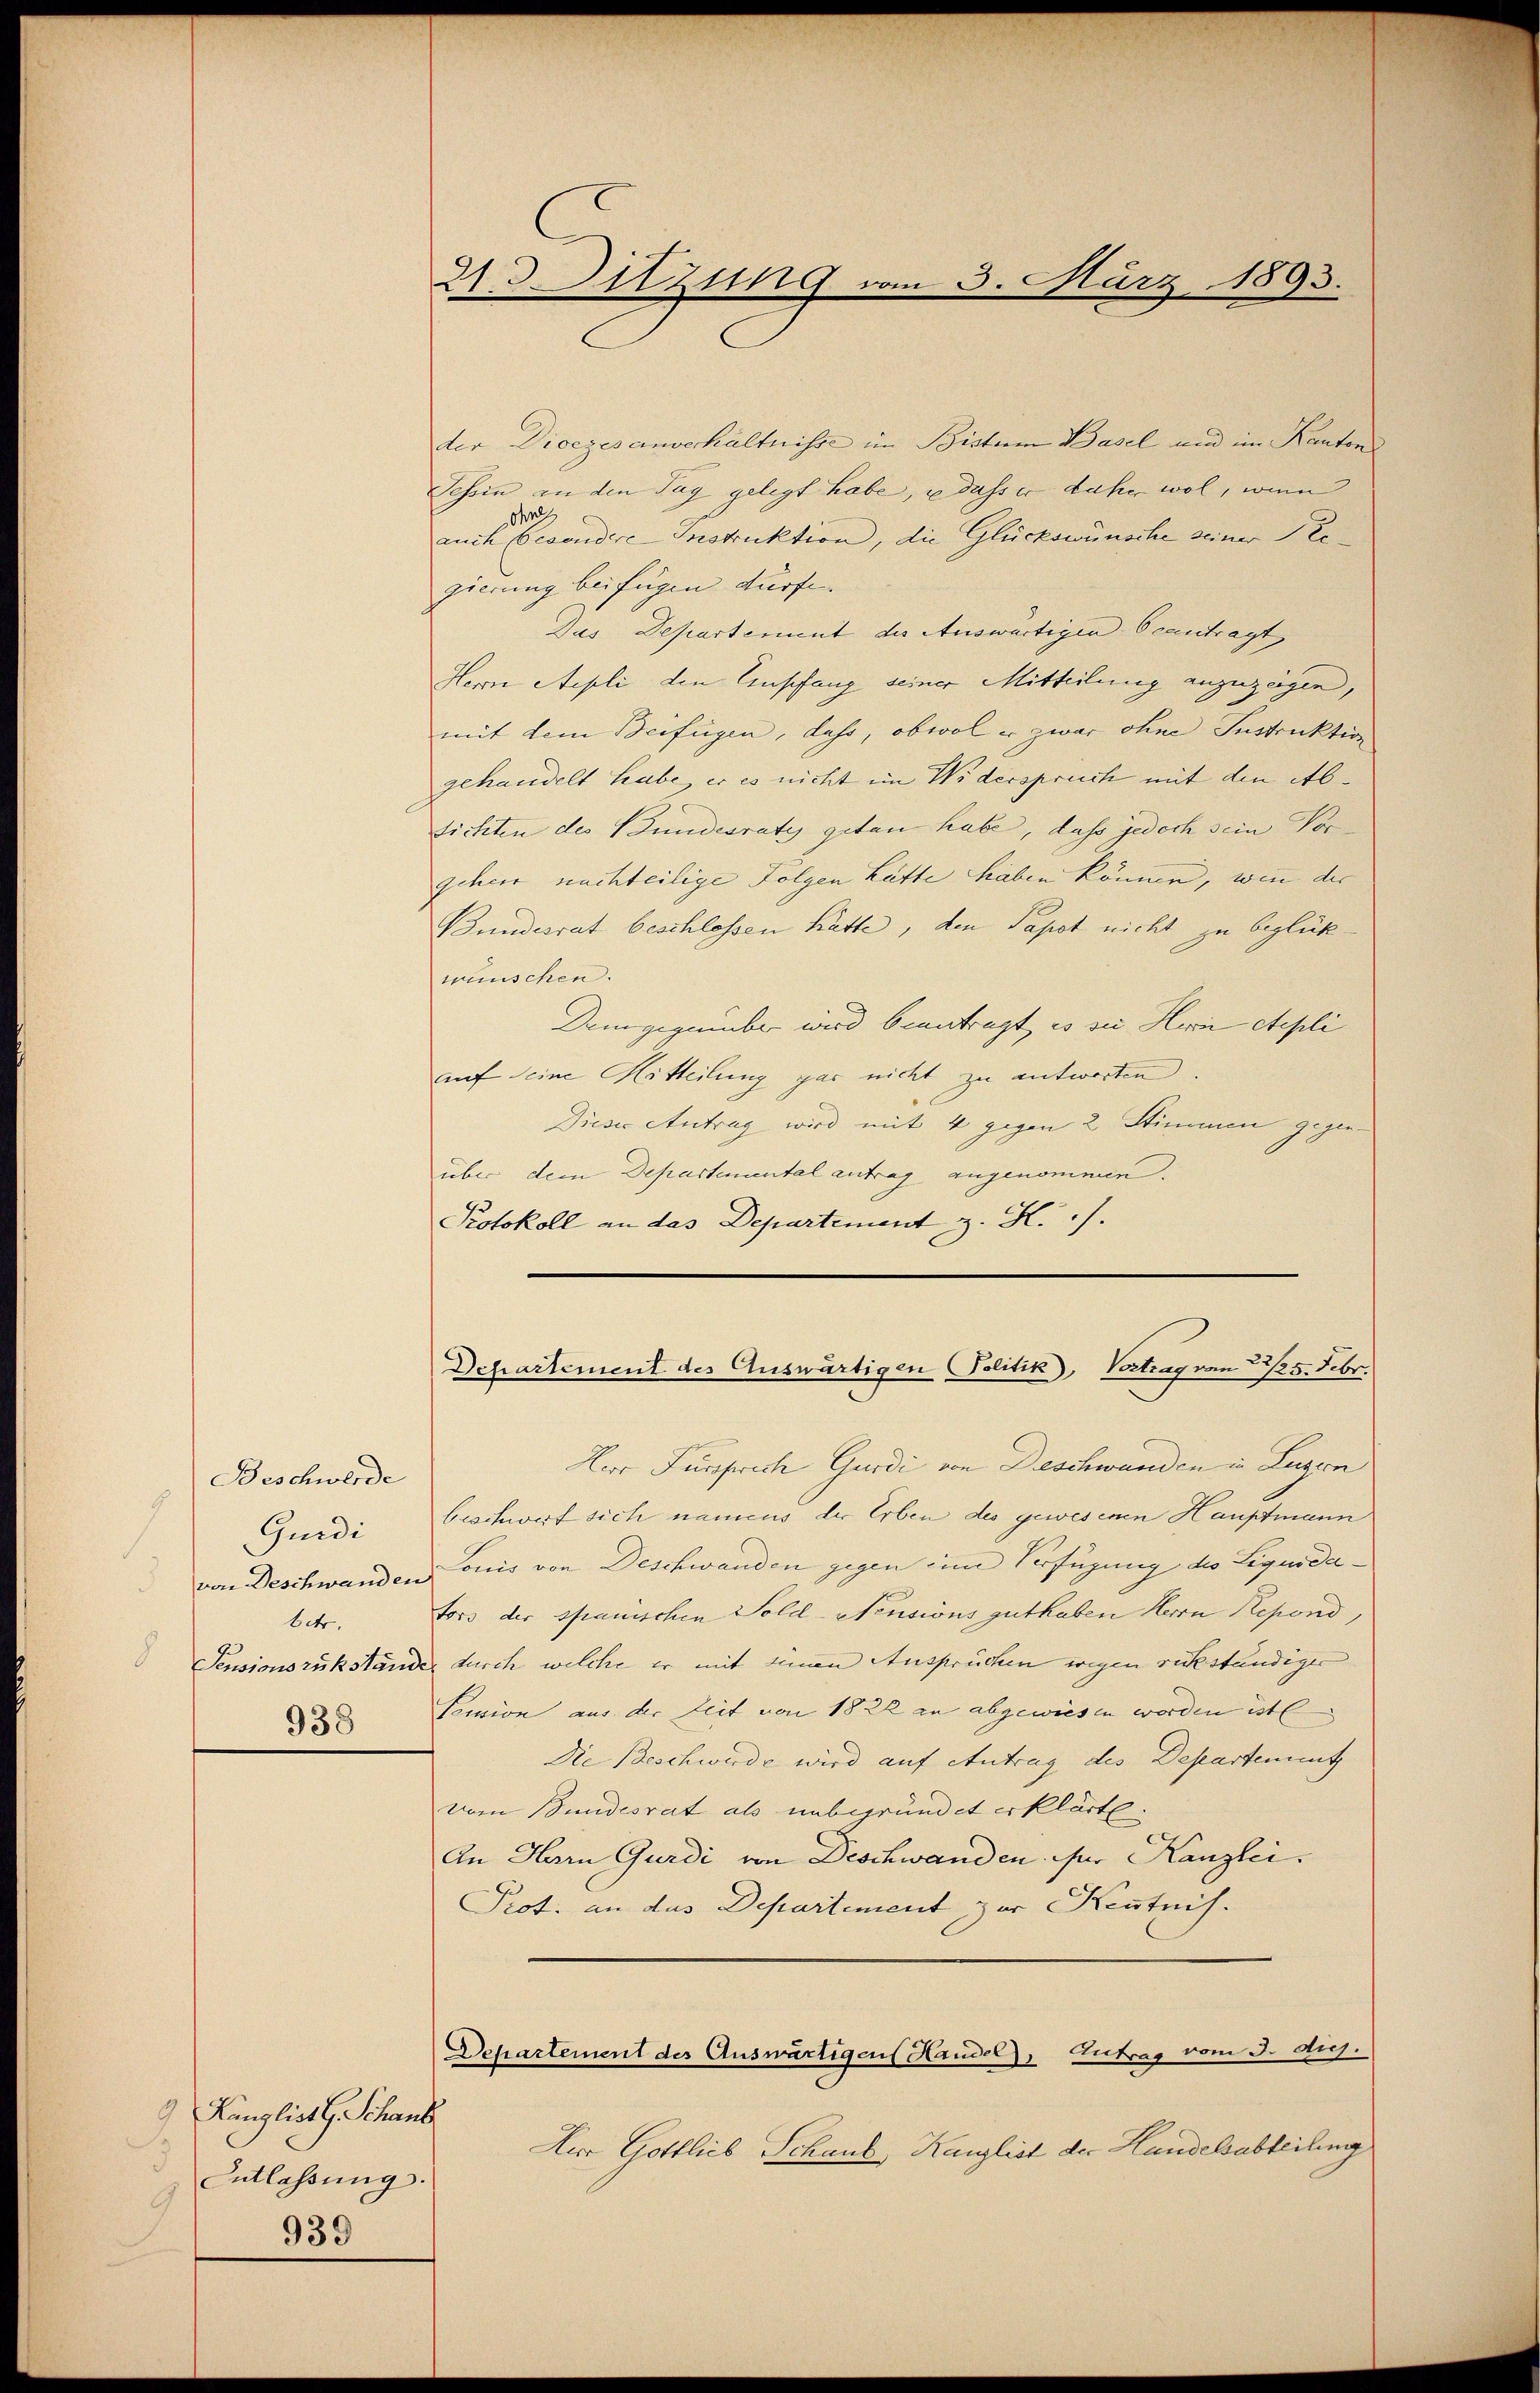
Beschwerde
Guidi
60.
938

Ränglist G. Schans
Entlassung.
9
939

21. Sitzung vom 3. März 1893.

der Dioczes anverhältnisse im Bistum Basel und im Kantons
Tessin an den Tag gelegt habe, e dass er daher wol, wenn
da
auch besondere Instruktion, die Glückswünsche seiner Regierung beifügen dürfe.
Dus Departement des Auswärtigen beantragt
Herrn Stepli den Empfang seiner Mitteilung anzuzügen,
mit dem Beifügen, dass, obwol er zwar ohne Instruktion
gehandelt habe, er es nicht im Widerspruch mit den Ab¬
Lichten des Bundesraty getan habe, daß jedoch sein Vorgehen nachteilige Folgen hätte haben können, wie der
Bundesrat beschlossen hätte, den Papst nicht zu beglückwünschen.
Demgegenüber wird beantragt, es sie Heii etepli
auf seine Mitteilung gar nicht zu antworten.
Dieser Antrag wird mit 4 gegen 2 Stimmen gegenüber dem Departemental antrag angenommen.
Protokoll an das Departement z. H. /.

Departement des Auswärtigen Politik, Vortragen 22/25. Febr.

Herr Fürsprich Gurdi von Deschwanden in Luzern
beschwert sich namens der Erben des gewesenen Hauptmann
von Beschwanden Louis von Deschwanden gegen ein Verfügung des Liquidators der Spanischen Sold-Nensions guthaben Herrn Repond,
Pensionsrükständer durch welche er mit sein Ansprüchen wegen rückständiger
Pension aus der Zeit von 1822 an abgewiesen worden ist
Die Beschwerde wird auf Antrag des Departement
vom Bundesrat als unbegründet erklärte.
An Herrn Gurdi von Deschwanden. Der Kanzlei.
Prot. an das Departement zur Kentnis.
Departement des Auswärtigens Handel, Eintrag/Antrag vom 3. Aug.
Herr Gottlieb Schaus Kanzlist der Handelsabteilung